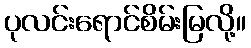
ပုလင်းရောင်စိမ်းမြလို့။